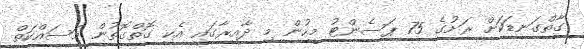
ގާތްގަނޑަކަށް ރަށުގެ 75 ޕަސެންޓު މީހުން މި ދާއިރާގައި އެކި ގޮތްގޮތުން މަސައްކަތް